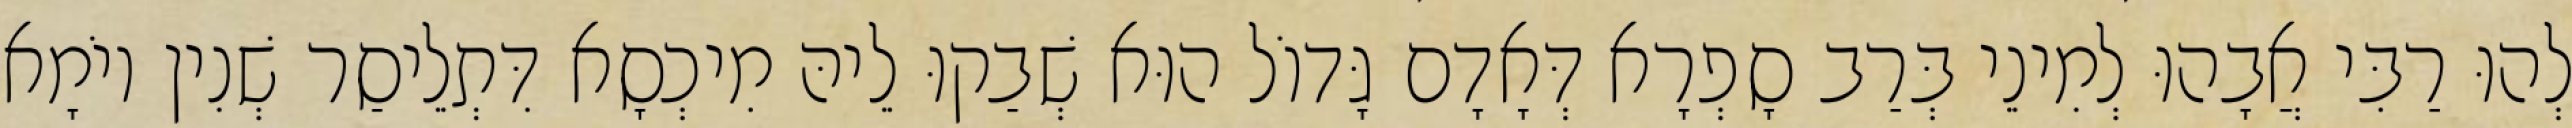
לְהוּ רַבִּי אֲבָהוּ לְמִינֵי בְּרַב סָפְרָא דְּאָדָם גָּדוֹל הוּא שְׁבַקוּ לֵיהּ מִיכְסָא דִּתְלֵיסַר שְׁנִין יוֹמָא